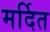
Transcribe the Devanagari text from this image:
मर्दित